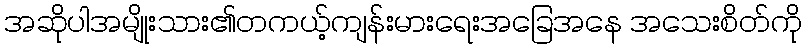
အဆိုပါအမျိုးသား၏တကယ့်ကျန်းမားရေးအခြေအနေ အသေးစိတ်ကို